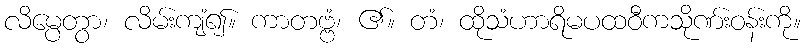
လိမ္ပေတွာ၊ လိမ်းကျံ၍။ ကာတဗ္ဗံ၊ ၏။ တံ၊ ထိုသံဟာရိမပထဝီကသိုဏ်းဝန်းကို။